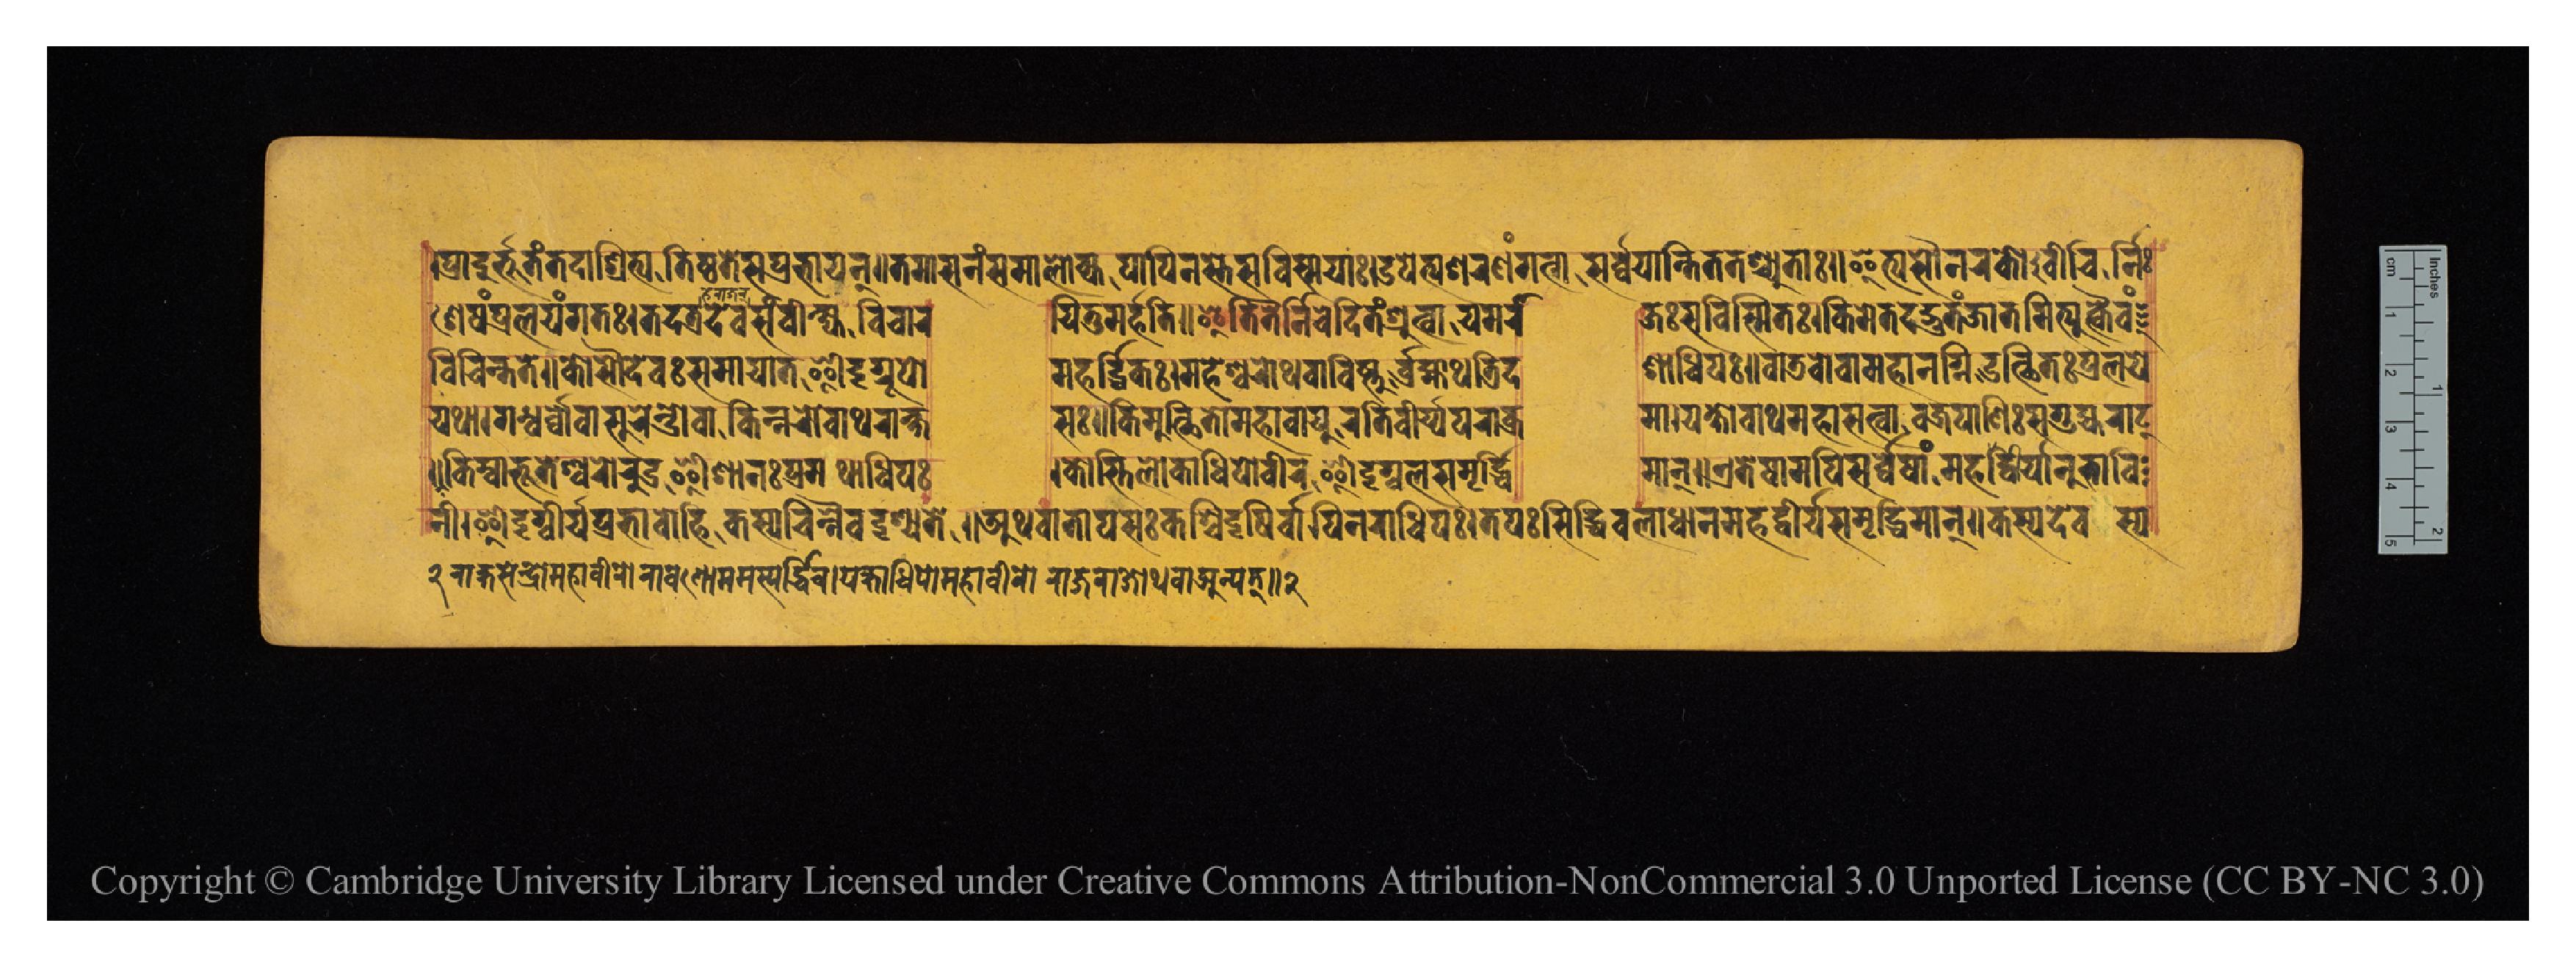
𑐥𑑂𑐬𑐵𑐡𑐸𑐬𑑂𑐨𑐹𑐟𑑄𑐟𑐡𑐵𑐱𑑂𑐬𑐶𑐟𑑂𑐫𑐟𑐶𑐲𑑂𑐛𑐟𑐾𑐳𑐥𑑂𑐬𑐨𑐵𑐳𑐫𑐣𑑂𑑌𑐟𑐩𑐵𑐳𑐷𑐣𑑄𑐳𑐩𑐵𑐮𑑀𑐎𑑂𑐫𑐥𑐵𑐥𑐶𑐣𑐳𑑂𑐟𑐾𑐳𑐰𑐶𑐳𑑂𑐩𑐫𑐵𑑅𑑋𑐄𑐥𑐾𑐟𑑂𑐫𑐱𑐬𑐞𑑄𑐐𑐟𑑂𑐰𑐵𑐳𑐬𑑂𑐰𑑂𑐰𑐫𑐵𑐣𑑂𑐟𑐶𑐟𑐟𑐱𑑂𑐔𑑂𑐫𑐸𑐟𑐵𑑅𑑌𑐂𑐟𑑂𑐫𑐳𑑁𑐣𑐬𑐎𑑀𑐰𑐷𑐔𑐶𑐬𑑂𑐣𑐶𑑅 𑐱𑐾𑐲𑑄𑐥𑑂𑐬𑐮𑐫𑑄𑐐𑐟𑑅𑑋𑐟𑐡𑐟𑑂𑐬𑐡𑐾𑐰𑐳𑑄𑐰𑐷𑐎𑑂𑐲𑑂𑐫𑐰𑐶𑐔𑐵𑐬  𑐫𑐶𑐟𑐸𑐩𑐬𑑂𑐴𑐟𑐶𑑌𑐂𑐟𑐶𑐟𑐿𑐬𑑂𑐣𑐶𑐰𑐾𑐡𑐶𑐟𑑄𑐱𑑂𑐬𑐹𑐟𑑂𑐰𑐵𑐫𑐩𑐬𑐵  𑐖𑑅𑐳𑐰𑐶𑐳𑑂𑐩𑐶𑐟𑑅𑑋𑐎𑐶𑐩𑐾𑐟𑐡𑐡𑑂𑐨𑐸𑐟𑑄𑐖𑐵𑐟𑐩𑐶𑐟𑑂𑐫𑐸𑐎𑑂𑐟𑑂𑐰𑐿𑐰𑑄 𑐰𑐶𑐔𑐶𑐣𑑂𑐟𑐟𑐾𑑌𑐎𑑀𑐳𑑁𑐡𑐾𑐰𑑅𑐳𑐩𑐵𑐫𑐵𑐟𑐃𑐡𑐺𑐐𑑂𑐬𑐹𑐥𑑀  𑐩𑐴𑐬𑑂𑐡𑑂𑐢𑐶𑐎𑑅𑑋𑐩𑐴𑐾𑐱𑑂𑐰𑐬𑑀𑐠𑐰𑐵𑐰𑐶𑐲𑑂𑐞𑐸𑐬𑑂𑐧𑑂𑐬𑐴𑑂𑐩𑐵𑐠𑐟𑑂𑐬𑐶𑐡  𑐱𑐵𑐢𑐶𑐥𑑅𑑌𑐰𑐵𑐜𑐰𑑀𑐰𑐵𑐩𑐴𑐵𑐣𑐐𑑂𑐣𑐶𑐬𑐸𑐟𑑂𑐠𑐶𑐟𑑅𑐥𑑂𑐬𑐮𑐫𑐾 𑐫𑐠𑐵𑑋𑐐𑐣𑑂𑐢𑐬𑑂𑐰𑑂𑐰𑑀𑐰𑐵𑐳𑐸𑐬𑐾𑐣𑑂𑐡𑑂𑐬𑑀𑐰𑐵𑐎𑐶𑐣𑑂𑐣𑐬𑑀𑐰𑐵𑐠𑐬𑐵𑐎𑑂𑐲  𑐳𑑅𑑌𑐎𑐶𑐩𑐸𑐟𑑂𑐠𑐶𑐟𑑀𑐩𑐴𑐵𑐰𑐵𑐫𑐸𑐬𑐟𑐶𑐰𑐷𑐬𑑂𑐫𑐥𑐬𑐵𑐎𑑂𑐬  𑐩𑑋𑐫𑐎𑑂𑐲𑑀𑐰𑐵𑐠𑐩𑐴𑐵𑐳𑐟𑑂𑐰𑑀𑐰𑐖𑑂𑐬𑐥𑐵𑐞𑐶𑑅𑐳𑐐𑐸𑐴𑑂𑐫𑐬𑐵𑐚𑑂 𑐣𑐷𑑋𑐃𑐡𑐺𑐐𑑂𑐰𑐶𑐬𑑂𑐫𑐥𑑂𑐬𑐵𑐀𑐨𑐵𑐰𑑀𑐴𑐶𑐎𑐳𑑂𑐫𑐔𑐶𑐣𑑂𑐣𑐿𑐰𑐡𑐺𑐱𑑂𑐫𑐟𑐾𑑌𑐀𑐠𑐰𑐵𑐟𑐵𑐥𑐳𑑅𑐎𑐱𑑂𑐔𑐶𑐡𑐺𑐲𑐶𑐬𑑂𑐰𑑂𑐰𑐵𑐥𑐶𑐣𑐬𑐵𑐢𑐶𑐥𑑅𑑋𑐟𑐥𑑅𑐳𑐶𑐡𑑂𑐢𑐶𑐧𑐮𑐵𑐢𑐵𑐣𑐩𑐴𑐡𑑂𑐰𑐷𑐬𑑂𑐫𑐩𑐺𑐡𑑂𑐢𑐶𑐩𑐵𑐣𑑂𑑌𑐎𑐳𑑂𑐫𑐡𑐾𑐰𑐳𑑂𑐫 𑑌𑐎𑐶𑑄𑐰𑐵𑐨𑐹𑐟𑐾𑐱𑑂𑐰𑐬𑑀𑐬𑐸𑐡𑑂𑐬𑐃𑐱𑐵𑐣𑑅𑐥𑑂𑐬𑐩𑐠𑐵𑐢𑐶𑐥𑑅 𑑋𑐎𑑀𑐳𑑂𑐟𑐶𑐮𑑀𑐎𑐵𑐢𑐶𑐥𑐰𑐷𑐬𑐃𑐡𑐺𑐐𑑂𑐧𑐮𑐳𑐩𑐺𑐡𑑂𑐢𑐶  𑐩𑐵𑐣𑑂𑑌𑐊𑐟𑐾𑐲𑐵𑐩𑐥𑐶𑐳𑐬𑑂𑐰𑑂𑐰𑐾𑐲𑐵𑑄𑐩𑐴𑐡𑑂𑐰𑐷𑐬𑑂𑐫𑐵𑐣𑐸𑐨𑐵𑐰𑐶 𑑒 𑐬𑐵𑐎𑑂𑐲𑐳𑐾𑐣𑑂𑐡𑑂𑐬𑑀𑐩𑐴𑐵𑐰𑐷𑐬𑑀𑐬𑐵𑐰𑐞𑑀𑐩𑐩𑐳𑑂𑐥𑐬𑑂𑐢𑐷𑐔𑑋𑐫𑐎𑑂𑐲𑐵𑐢𑐶𑐥𑑀𑐩𑐴𑐵𑐰𑐷𑐬𑑀𑐬𑐵𑐖𑐬𑐵𑐖𑑀𑐠𑐰𑐵𑐣𑑂𑐫𑐟𑑅𑑌𑑒